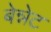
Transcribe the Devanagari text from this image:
बेन्नेट